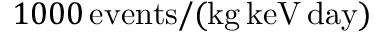
1 0 0 0 \, \mathrm { e v e n t s } / ( \mathrm { k g } \, \mathrm { k e V } \, \mathrm { d a y } )